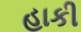
હાકી